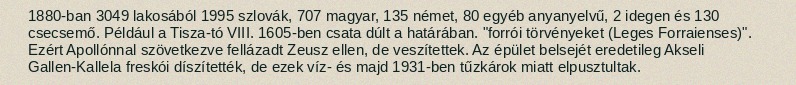
1880-ban 3049 lakosából 1995 szlovák, 707 magyar, 135 német, 80 egyéb anyanyelvű, 2 idegen és 130 csecsemő. Például a Tisza-tó VIII. 1605-ben csata dúlt a határában. "forrói törvényeket (Leges Forraienses)". Ezért Apollónnal szövetkezve fellázadt Zeusz ellen, de veszítettek. Az épület belsejét eredetileg Akseli Gallen-Kallela freskói díszítették, de ezek víz- és majd 1931-ben tűzkárok miatt elpusztultak.